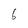
Character: 6